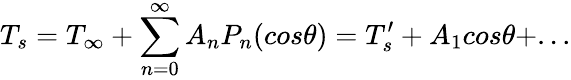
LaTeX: T_{s}=T_{\infty}+\sum_{n=0}^{\infty}A_{n}P_{n}(cos\theta)={T_{s}^{\prime}}+A_{1}cos\theta+...